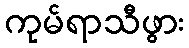
ကုမ်ရာသီဖွား